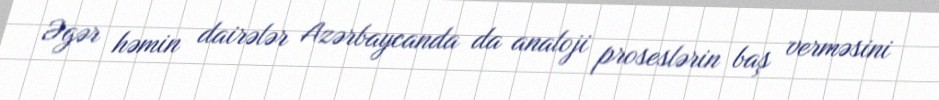
Əgər həmin dairələr Azərbaycanda da analoji proseslərin baş verməsini